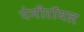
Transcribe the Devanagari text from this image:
पेनीरॉयल